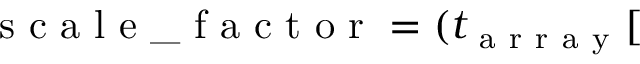
\mathrm { ~ s ~ c ~ a ~ l ~ e ~ \_ ~ f ~ a ~ c ~ t ~ o ~ r ~ } = ( t _ { \mathrm { ~ a ~ r ~ r ~ a ~ y ~ } } [